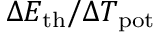
\Delta E _ { \mathrm { t h } } / \Delta T _ { \mathrm { p o t } }